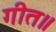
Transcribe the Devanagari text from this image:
गीत॥